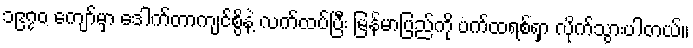
၁၉၇၀ ကျော်မှာ ဒေါက်တာကျင်စွိနဲ့ လက်ထပ်ပြီး မြန်မာပြည်ကို ပက်ထရစ်ရှာ လိုက်သွားပါတယ်။